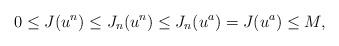
LaTeX: \begin{align*} 0\leq J(u^{n})\le J_n(u^{n})\le J_n(u^{a})=J(u^{a}) \le M,\end{align*}